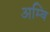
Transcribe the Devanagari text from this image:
अम्बि